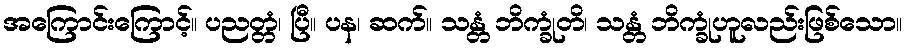
အကြောင်းကြောင့်။ ပညတ္တံ၊ ပြီ။ ပန၊ ဆက်။ သန္တံ ဘိက္ခုံတိ၊ သန္တံ ဘိက္ခုံဟူလည်းဖြစ်သော။